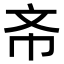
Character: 𭤔